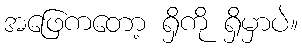
အဖြေကတော့ ရှိကို ရှိမှာပဲ။